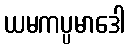
ယမကပ္ပမာဒေါ